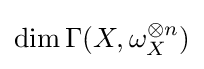
\dim \Gamma (X,\omega _{X}^{\otimes n})